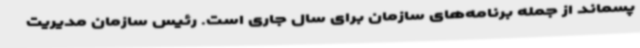
پسماند از جمله برنامه‌های سازمان برای سال جاری است. رئیس سازمان مدیریت